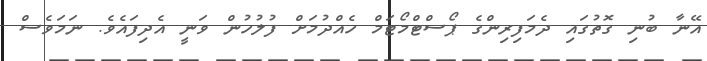
އޭނާ ބުނި ގޮތުގައި ދެމަފިރިންގެ ޕޯސްޓްމޯޓަމް ހެއްދުމަށް ފުލުހުން ވަނީ އެދިފައެވެ. ނަމަވެސް